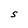
Character: S